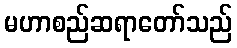
မဟာစည်ဆရာတော်သည်